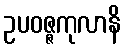
ဥပဝဇ္ဇကုလာနိ